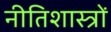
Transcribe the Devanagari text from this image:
नीतिशास्त्रों